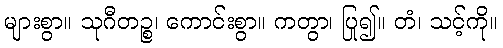
များစွာ။ သုဂီတဉ္စ၊ ကောင်းစွာ။ ကတွာ၊ ပြု၍။ တံ၊ သင့်ကို။